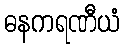
ဓနကရဏီယံ